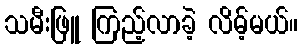
သမီးဖြူ ကြည့်လာခဲ့ လိမ့်မယ်။